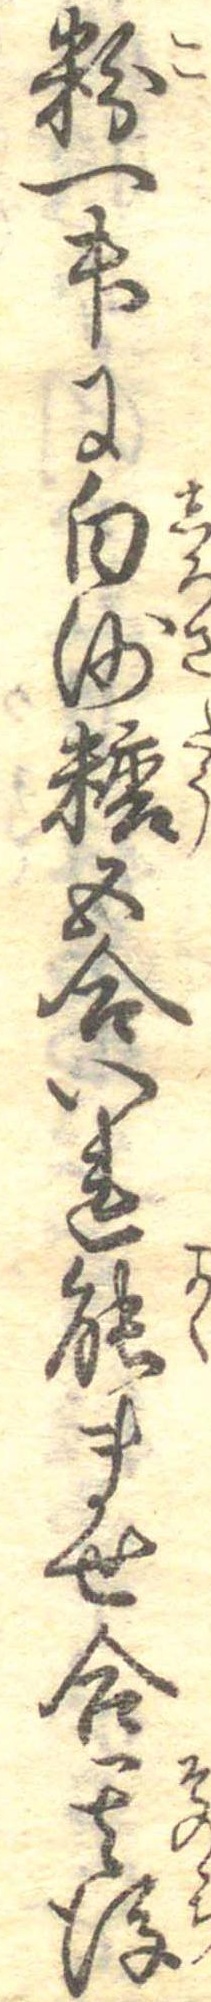
粉一升に白沙糖五合いれ能ませ合其後